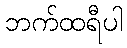
ဘက်ထရီပါ